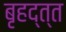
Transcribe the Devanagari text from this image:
बृहद्त्त